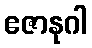
ဧဇာနုဂါ